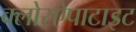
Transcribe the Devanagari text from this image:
क्लोरऐपाटाइट